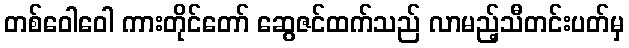
တစ်ဝေါဝေါ ကားတိုင်တော် ဆွေဇင်ထက်သည် လာမည့်သီတင်းပတ်မှ